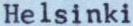
Helsinki